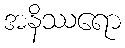
အနိဿရော